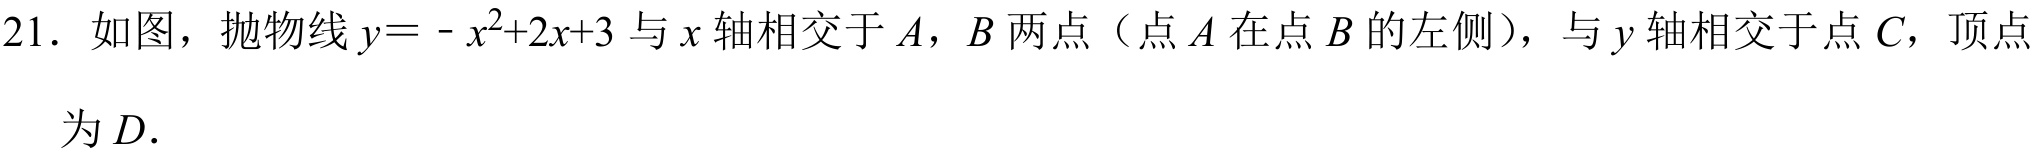
21. 如图，抛物线 \(y = -x^{2}+2x + 3\) 与 \(x\) 轴相交于 \(A\)，\(B\) 两点（点 \(A\) 在点 \(B\) 的左侧），与 \(y\) 轴相交于点 \(C\)，顶点为 \(D\).